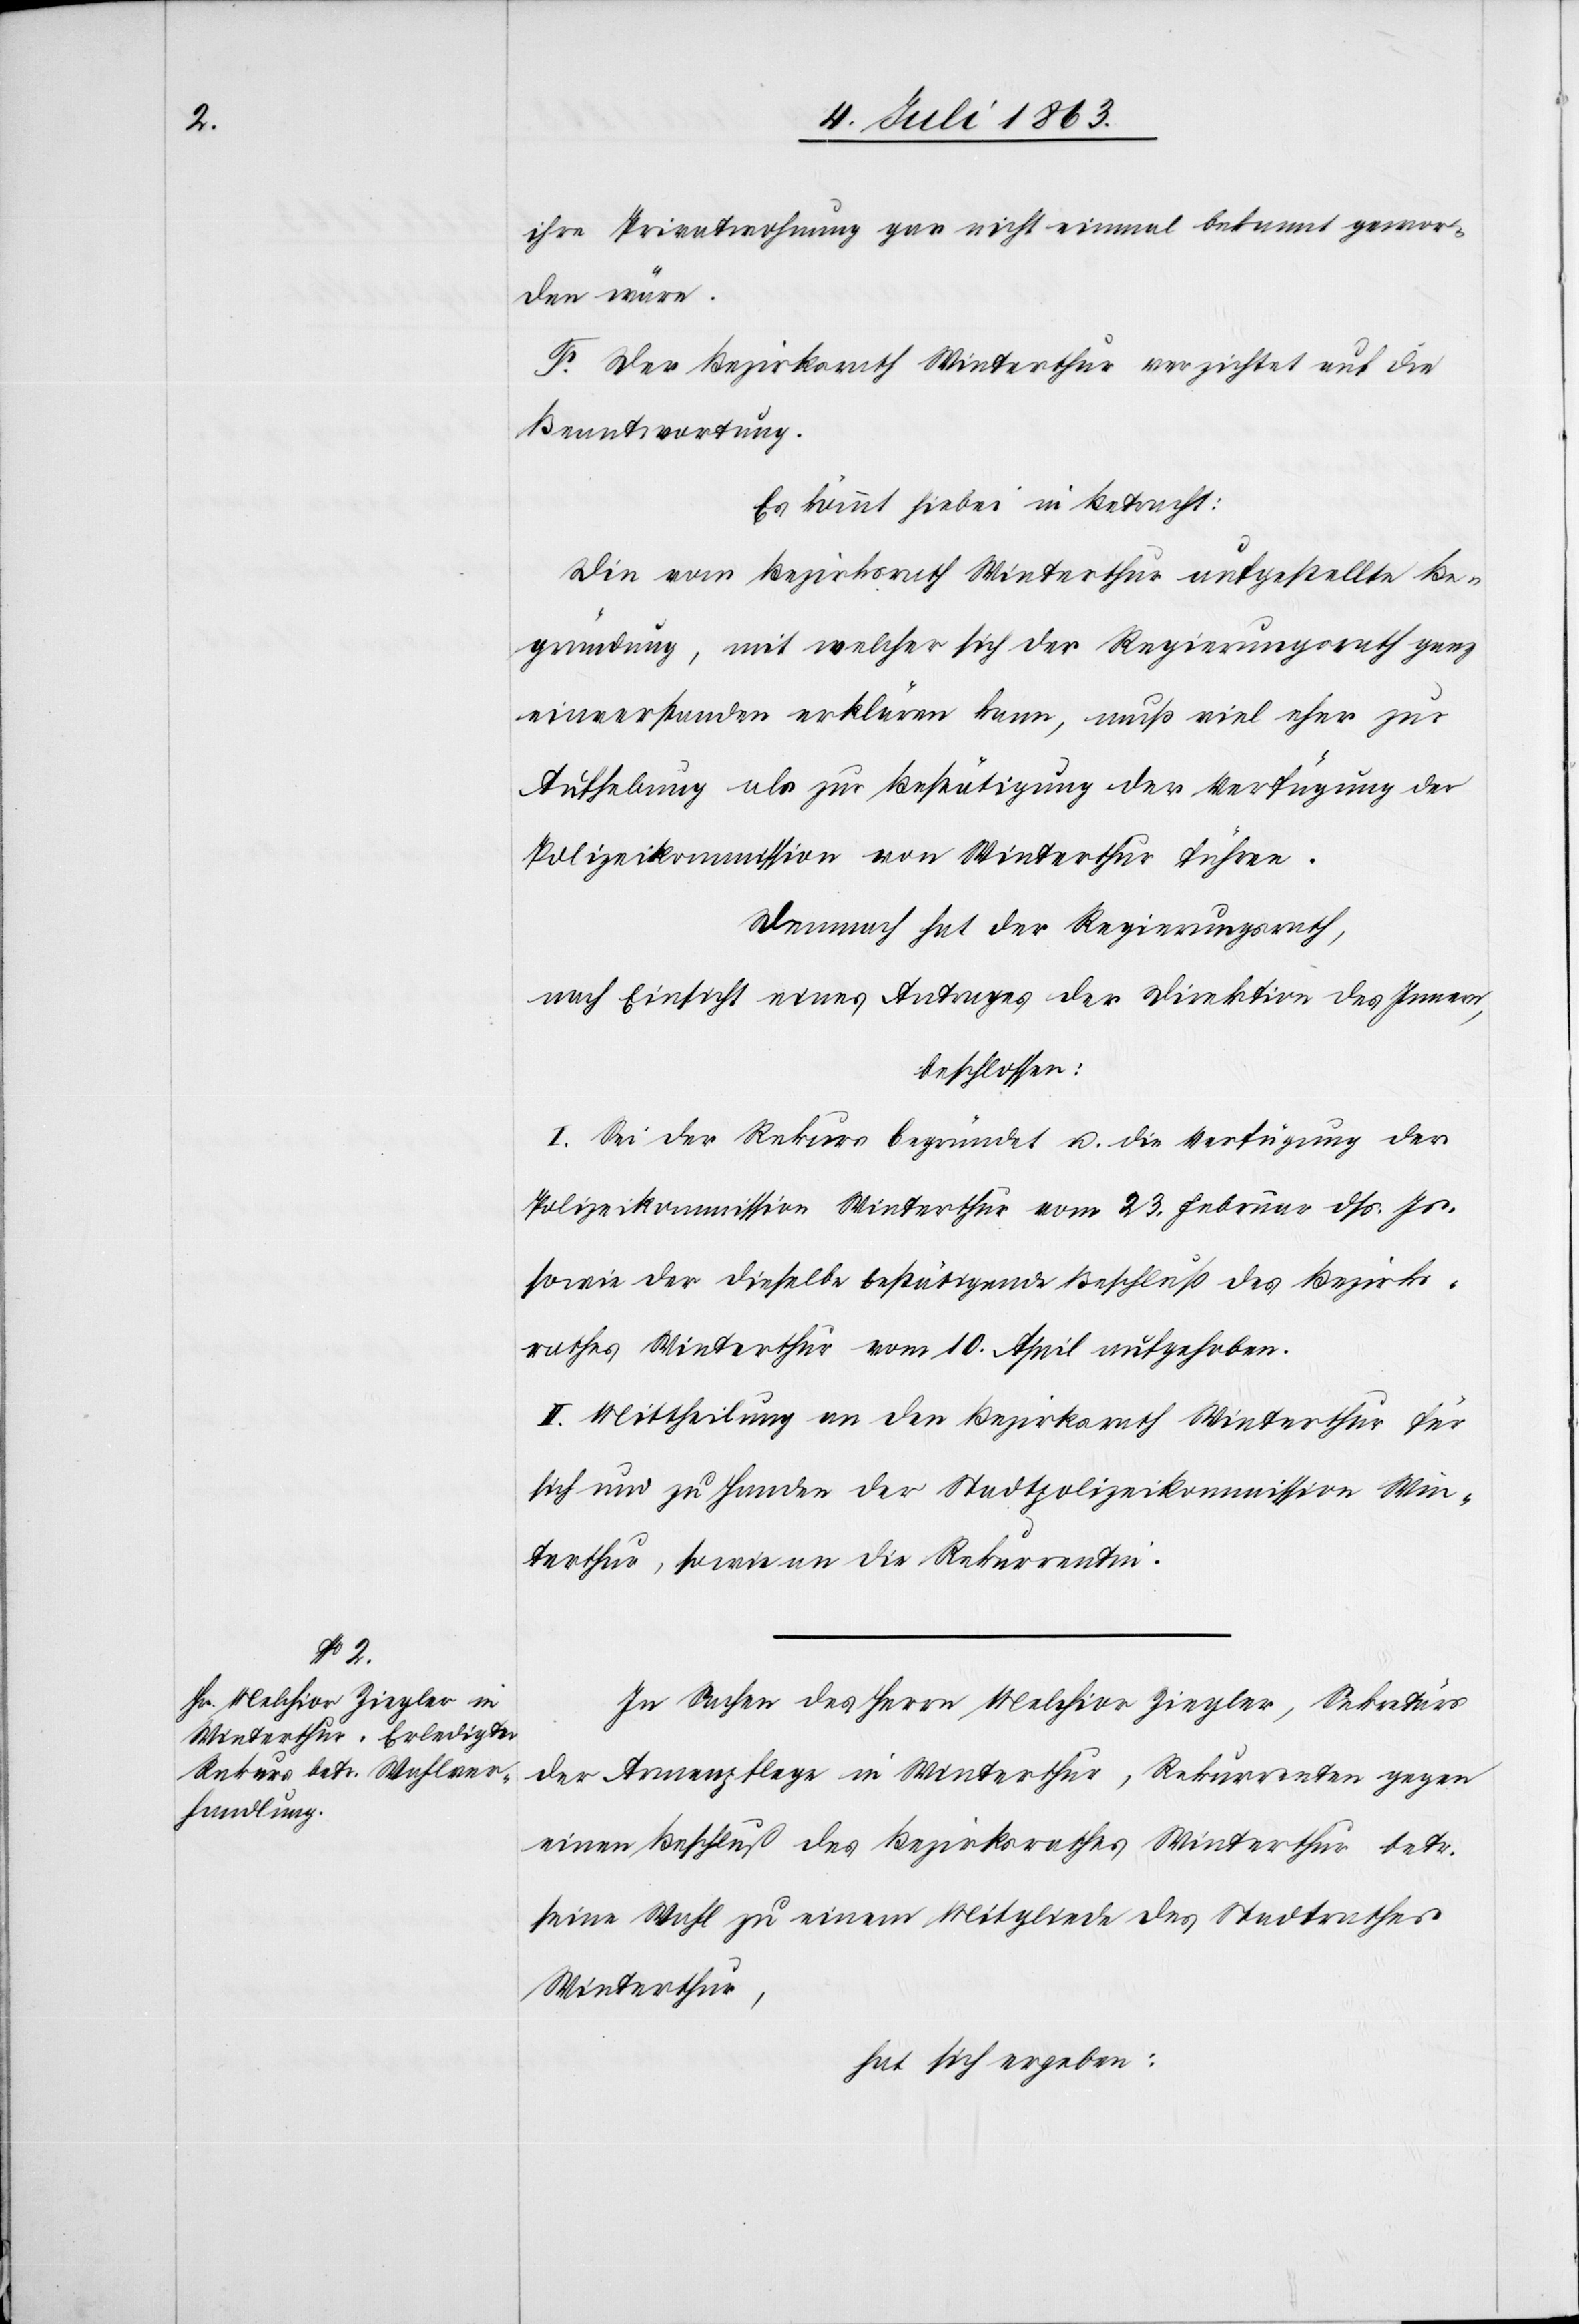
ihre Privatwohnung gar nicht einmal bekannt gewor¬
den wäre.
F. Der Bezirksrath Winterthur verzichtet auf die
Beantwortung.
Es kommt hiebei in Betracht:
Die vom Bezirksrath Winterthur aufgestellte Be¬
gründung, mit welcher sich der Regierungsrath ganz
einverstanden erklären kann, muß viel eher zur
Aufhebung als zur Bestätigung der Verfügung der
Polizeikommission von Winterthur führen.
Demnach hat der Regierungsrath,
nach Einsicht eines Antrages der Direktion des Innern,
beschlossen:
I. Sei der Rekurs begründet u. die Verfügung der
Polizeikommission Winterthur vom 23. Februar dß. Js.
sowie der dieselbe bestätigende Beschluß des Bezirks¬
rathes Winterthur vom 10. April aufgehoben.
II. Mittheilung an den Bezirksrath Winterthur für
sich und zu Handen der Stadtpolizeikommission Win¬
terthur, sowie an die Rekurrentin.
In Sachen des Herrn Melchior Ziegler, Sekretärs
der Armenpflege in Winterthur, Rekurrenten gegen
einen Beschluß des Bezirksrathes Winterthur betr.
seine Wahl zu einem Mitgliede des Stadtrathes
Winterthur,
hat sich ergeben: